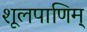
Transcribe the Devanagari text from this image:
शूलपाणिम्